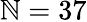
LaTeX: \mathbb{N}=37